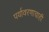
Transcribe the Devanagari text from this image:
पर्यावरणाचाही